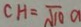
C H = \sqrt { 1 0 }